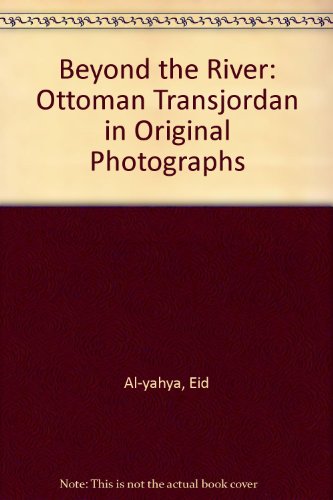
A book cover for Beyond the River: Ottoman Transjordan in Original Photographs; Eid Al-yahya; Travel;